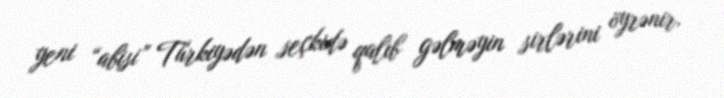
yeni “abisi” Türkiyədən seçkidə qalib gəlməyin sirlərini öyrənir.